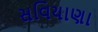
સવિયાણા